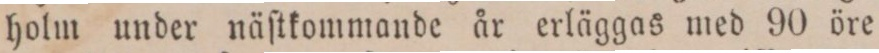
holm under näſtkommande år erläggas med 90 öre